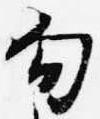
勾